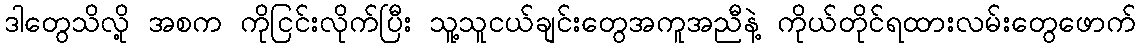
ဒါတွေသိလို့ အစက ကိုငြင်းလိုက်ပြီး သူ့သူငယ်ချင်းတွေအကူအညီနဲ့ ကိုယ်တိုင်ရထားလမ်းတွေဖောက်